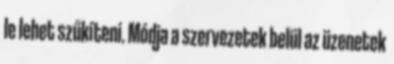
le lehet szűkíteni. Módja a szervezetek belül az üzenetek